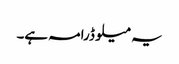
یہ میلو ڈرامہ ہے۔